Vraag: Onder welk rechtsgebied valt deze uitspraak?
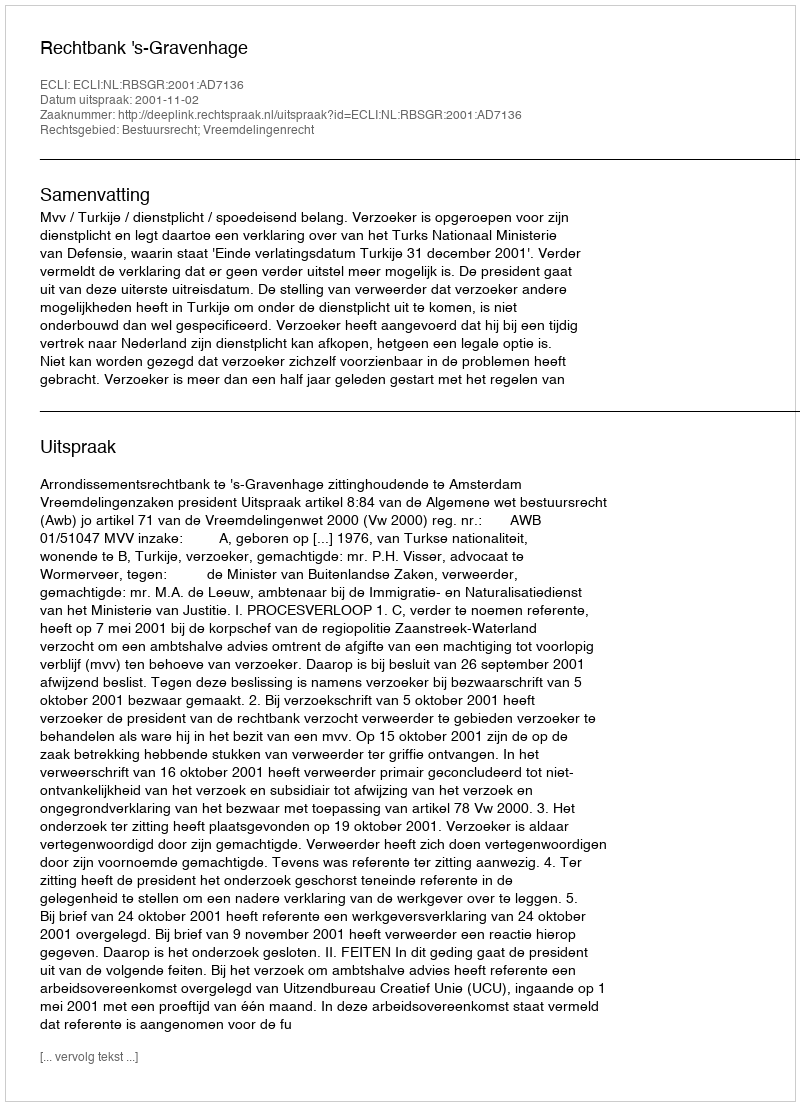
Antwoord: Bestuursrecht; Vreemdelingenrecht